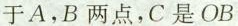
于A，B两点，C是OB